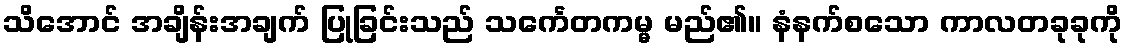
သိအောင် အချိန်းအချက် ပြုခြင်းသည် သင်္ကေတကမ္မ မည်၏။ နံနက်စသော ကာလတခုခုကို